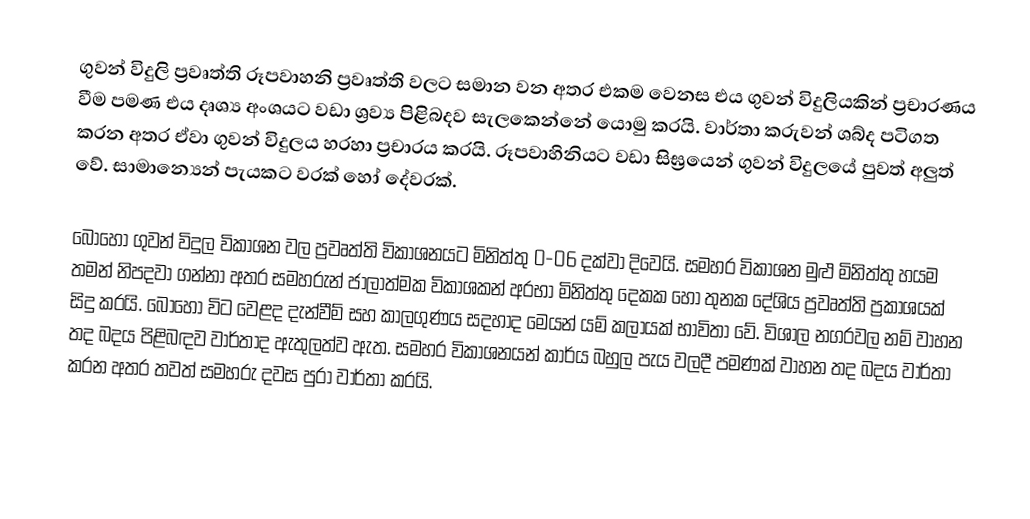
ගුවන් විදුලි ප්‍රවෘත්ති  රූපවාහනි ප්‍රවෘත්ති  වලට සමාන වන අතර එකම වෙනස එය ගුවන් විදුලියකින් ප්‍රචාරණය වීම පමණ එය දෘශ්‍ය අංශයට වඩා  ශ්‍රව්‍ය පිළිබදව සැලකෙන්නේ යොමු කරයි. වාර්තා කරුවන් ශබ්ද පටිගත කරන අතර ඒවා ගුවන් විදුලය හරහා ප්‍රචාරය කරයි. රූපවාහිනියට වඩා සිඝ්‍රයෙන් ගුවන් විදුලයේ පුවත් අලුත් වේ. සාමාන්‍යෙන් පැයකට වරක් හෝ දේවරක්.

බොහෝ ගුවන් විදුල විකාශන වල ප්‍රවෘත්ති  විකාශනයට මිනිත්තු 0-06 දක්වා දිවෙයි. සමහර විකාශන මුළු මිනිත්තු හයම තමන් නිපදවා ගන්නා අතර සමහරුන් ජාලාත්මක විකාශකන් අරභා මිනිත්තු දෙකක හෝ තුනක දේශිය ප්‍රවෘත්ති  ප්‍රකාශයක් සිදු කරයි. බොහෝ විට වෙළද දැන්වීම් සහ කාලගුණය සදහාද මෙයන් යම් කලායක් භාවිතා වේ. විශාල නගරවල නම් වාහන තද බදය පිළිබඳව වාර්තාද ඇතුලත්ව ඇත.  සමහර විකාශනයන් කාර්ය බහුල පැය වලදී පමණක් වාහන තද බදය වාර්තා කරන අතර තවත් සමහරු දවස  පුරා වාර්තා කරයි.